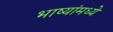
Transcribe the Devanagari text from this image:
भाष्यांमध्ये